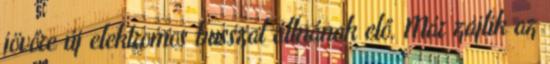
jövőre új elektromos busszal állnának elő. Már zajlik az